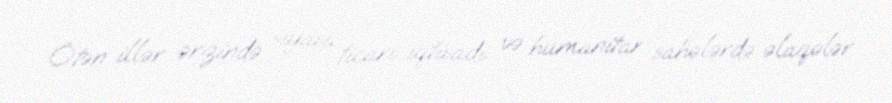
Ötən illər ərzində siyasi, ticari-iqtisadi və humanitar sahələrdə əlaqələr